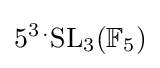
5^{3\,.}\mathrm {SL} _{3}(\mathbb {F} _{5})